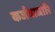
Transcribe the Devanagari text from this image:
कर्जबाजारि